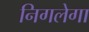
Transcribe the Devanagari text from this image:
निगलेगा